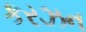
કરઝન